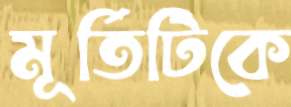
মূর্তিটিকে